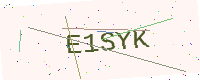
Text: E1SYK